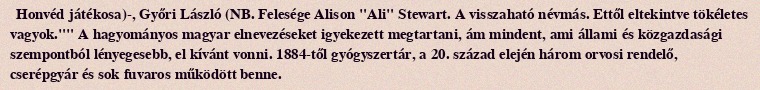
Honvéd játékosa)-, Győri László (NB. Felesége Alison "Ali" Stewart. A visszaható névmás. Ettől eltekintve tökéletes vagyok."" A hagyományos magyar elnevezéseket igyekezett megtartani, ám mindent, ami állami és közgazdasági szempontból lényegesebb, el kívánt vonni. 1884-től gyógyszertár, a 20. század elején három orvosi rendelő, cserépgyár és sok fuvaros működött benne.